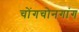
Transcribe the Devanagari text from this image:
चोंगचोनगांग